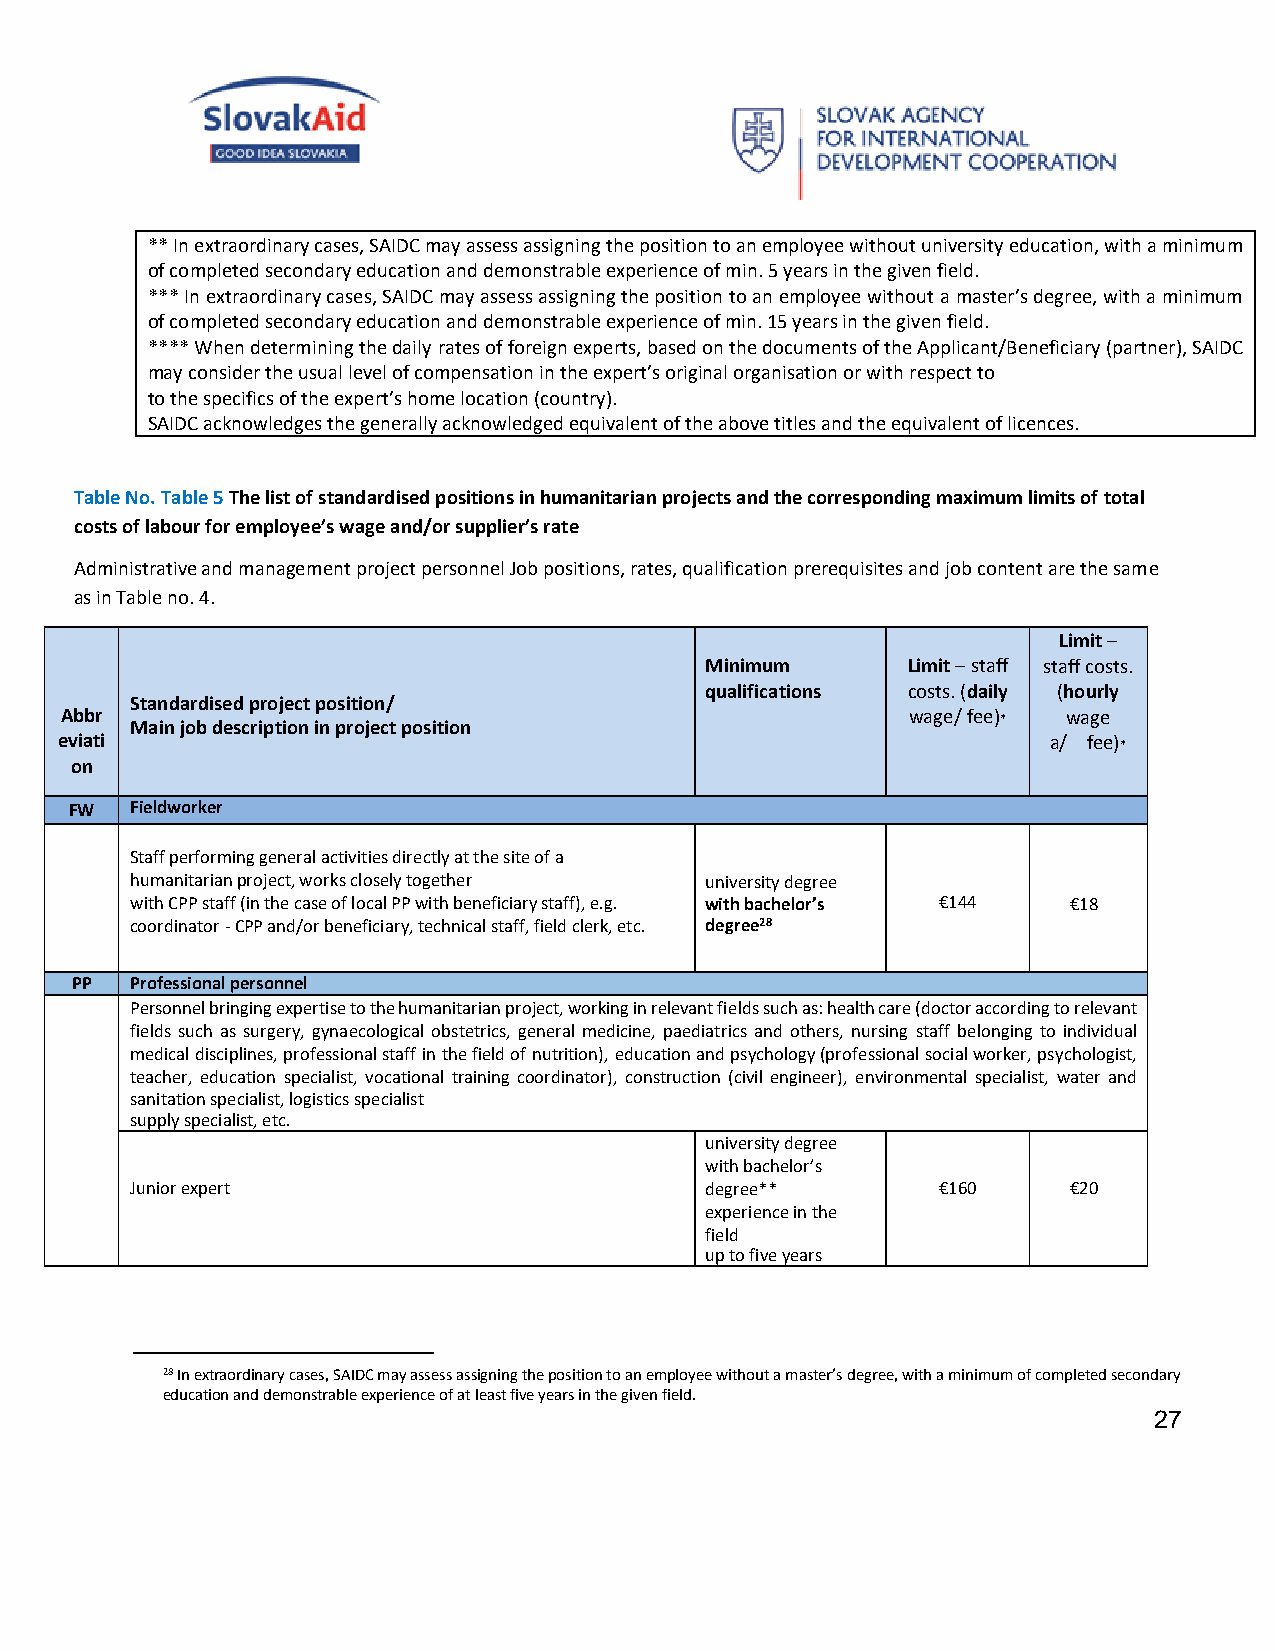
** In extraordinary cases, SAIDC may assess assigning the position to an employee without university education, with a minimum
 of completed secondary education and demonstrable experience of min. 5 years in the given field.
 *** In extraordinary cases, SAIDC may assess assigning the position to an employee without a master’s degree, with a minimum
 of completed secondary education and demonstrable experience of min. 15 years in the given field.
 **** When determining the daily rates of foreign experts, based on the documents of the Applicant/Beneficiary (partner), SAIDC
 may consider the usual level of compensation in the expert’s original organisation or with respect to
 to the specifics of the expert’s home location (country).
 SAIDC acknowledges the generally acknowledged equivalent of the above titles and the equivalent of licences.
 Table No. Table 5 The list of standardised positions in humanitarian projects and the corresponding maximum limits of total
 costs of labour for employee’s wage and/or supplier’s rate
 Administrative and management project personnel Job positions, rates, qualification prerequisites and job content are the same
 as in Table no. 4.
 Limit –
 Minimum      Limit – staff staff costs.
 qualifications costs. (daily (hourly
 Standardised project position/
 Abbr
 Main job description in project position
 wage/ fee)* wage
 eviati                                                           a/ fee)*
 on
 FW  Fieldworker
 Staff performing general activities directly at the site of a
 humanitarian project, works closely together university degree
 with CPP staff (in the case of local PP with beneficiary staff), e.g. with bachelor’s €144 €18
 coordinator - CPP and/or beneficiary, technical staff, field clerk, etc. degree28
 PP  Professional personnel
 Personnel bringing expertise to the humanitarian project, working in relevant fields such as: health care (doctor according to relevant
 fields such as surgery, gynaecological obstetrics, general medicine, paediatrics and others, nursing staff belonging to individual
 medical disciplines, professional staff in the field of nutrition), education and psychology (professional social worker, psychologist,
 teacher, education specialist, vocational training coordinator), construction (civil engineer), environmental specialist, water and
 sanitation specialist, logistics specialist
 supply specialist, etc.
 university degree
 with bachelor’s
 Junior expert                         degree**       €160     €20
 experience in the
 field
 up to five years
 28 In extraordinary cases, SAIDC may assess assigning the position to an employee without a master’s degree, with a minimum of completed secondary
 education and demonstrable experience of at least five years in the given field.
 27